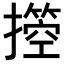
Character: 𢷙